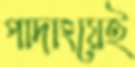
পাদাংয়েই